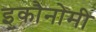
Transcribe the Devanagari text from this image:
इकौनोमी